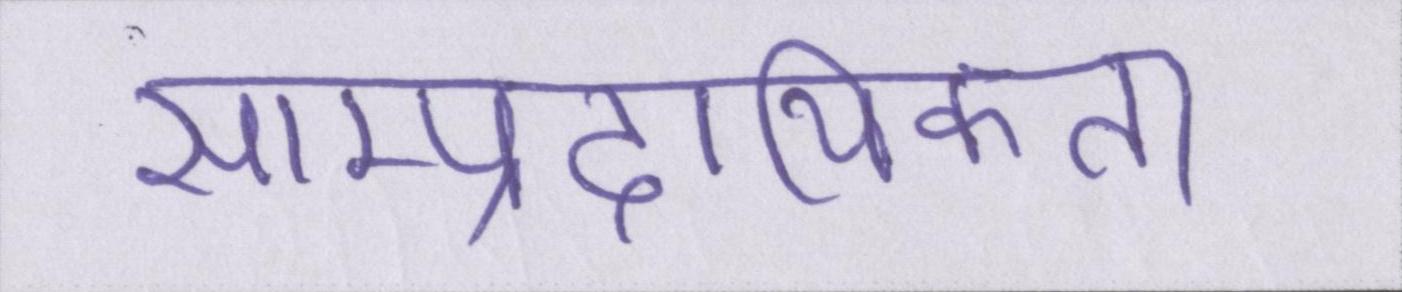
साम्प्रदायिकता